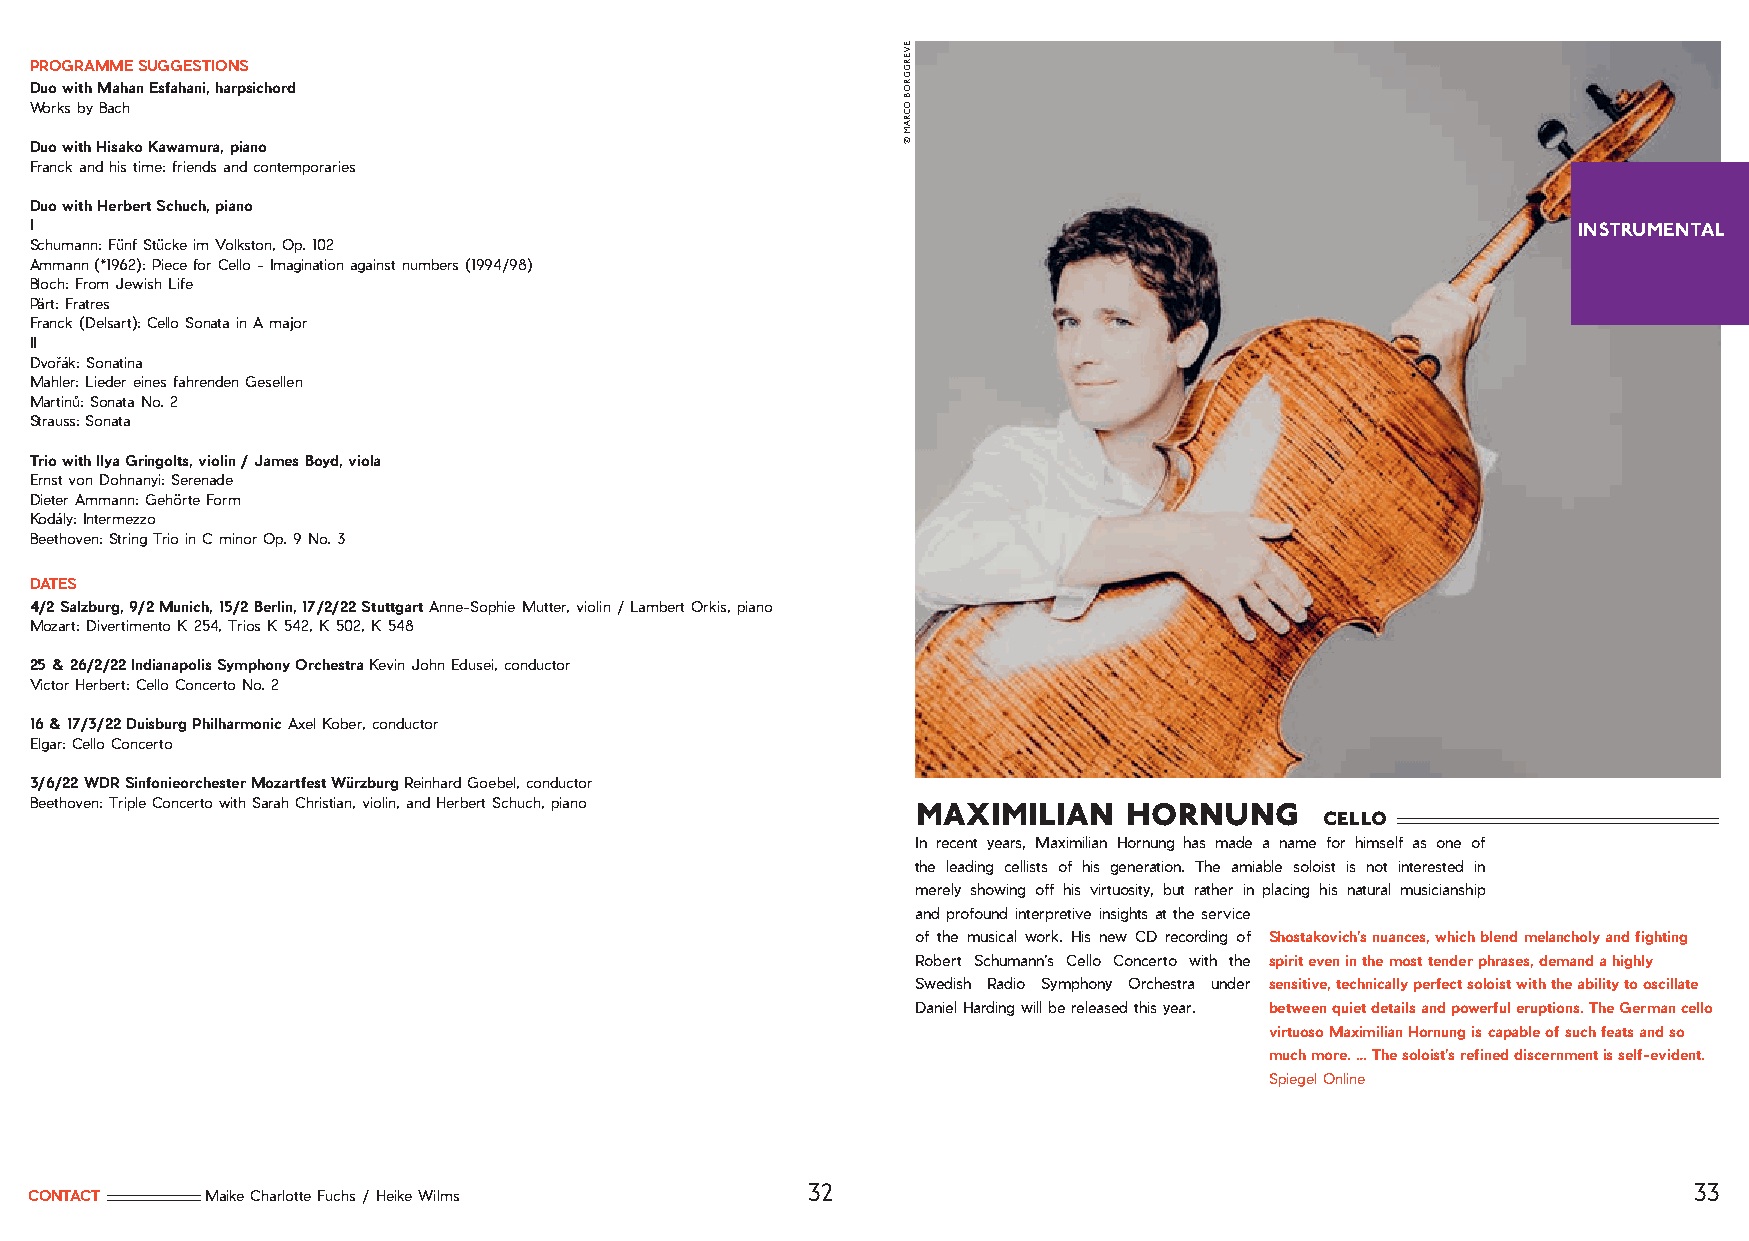
PROGRAMME SUGGESTIONS
 Duo with Mahan Esfahani, harpsichord
 Works by Bach
 Duo with Hisako Kawamura, piano
 Franck and his time: friends and contemporaries
 Duo with Herbert Schuch, piano
 I                                                                                                     INSTRUMENTAL
 Schumann: Fünf Stücke im Volkston, Op. 102
 Ammann (*1962): Piece for Cello - Imagination against numbers (1994/98)
 Bloch: From Jewish Life
 Pärt: Fratres
 Franck (Delsart): Cello Sonata in A major
 II
 Dvořák: Sonatina
 Mahler: Lieder eines fahrenden Gesellen
 Martinů: Sonata No. 2
 Strauss: Sonata
 Trio with Ilya Gringolts, violin / James Boyd, viola
 Ernst von Dohnanyi: Serenade
 Dieter Ammann: Gehörte Form
 Kodály: Intermezzo
 Beethoven: String Trio in C minor Op. 9 No. 3
 DATES
 4/2 Salzburg, 9/2 Munich, 15/2 Berlin, 17/2/22 Stuttgart Anne-Sophie Mutter, violin / Lambert Orkis, piano
 Mozart: Divertimento K 254, Trios K 542, K 502, K 548
 25 & 26/2/22 Indianapolis Symphony Orchestra Kevin John Edusei, conductor
 Victor Herbert: Cello Concerto No. 2
 16 & 17/3/22 Duisburg Philharmonic Axel Kober, conductor
 Elgar: Cello Concerto
 3/6/22 WDR Sinfonieorchester Mozartfest Würzburg Reinhard Goebel, conductor
 Beethoven: Triple Concerto with Sarah Christian, violin, and Herbert Schuch, piano maximilian hornung
 cello
 In recent years, Maximilian Hornung has made a name for himself as one of
 the leading cellists of his generation. The amiable soloist is not interested in
 merely showing off his virtuosity, but rather in placing his natural musicianship
 and profound interpretive insights at the service
 of the musical work. His new CD recording of Shostakovich’s nuances, which blend melancholy and fighting
 Robert Schumann’s Cello Concerto with the spirit even in the most tender phrases, demand a highly
 Swedish Radio Symphony Orchestra under sensitive, technically perfect soloist with the ability to oscillate
 Daniel Harding will be released this year. between quiet details and powerful eruptions. The German cello
 virtuoso Maximilian Hornung is capable of such feats and so
 much more. … The soloist’s refined discernment is self-evident.
 Spiegel Online
 32                                                         33
 CONTACT     Maike Charlotte Fuchs / Heike Wilms
 EVERGGROB
 OCRAM
 ©